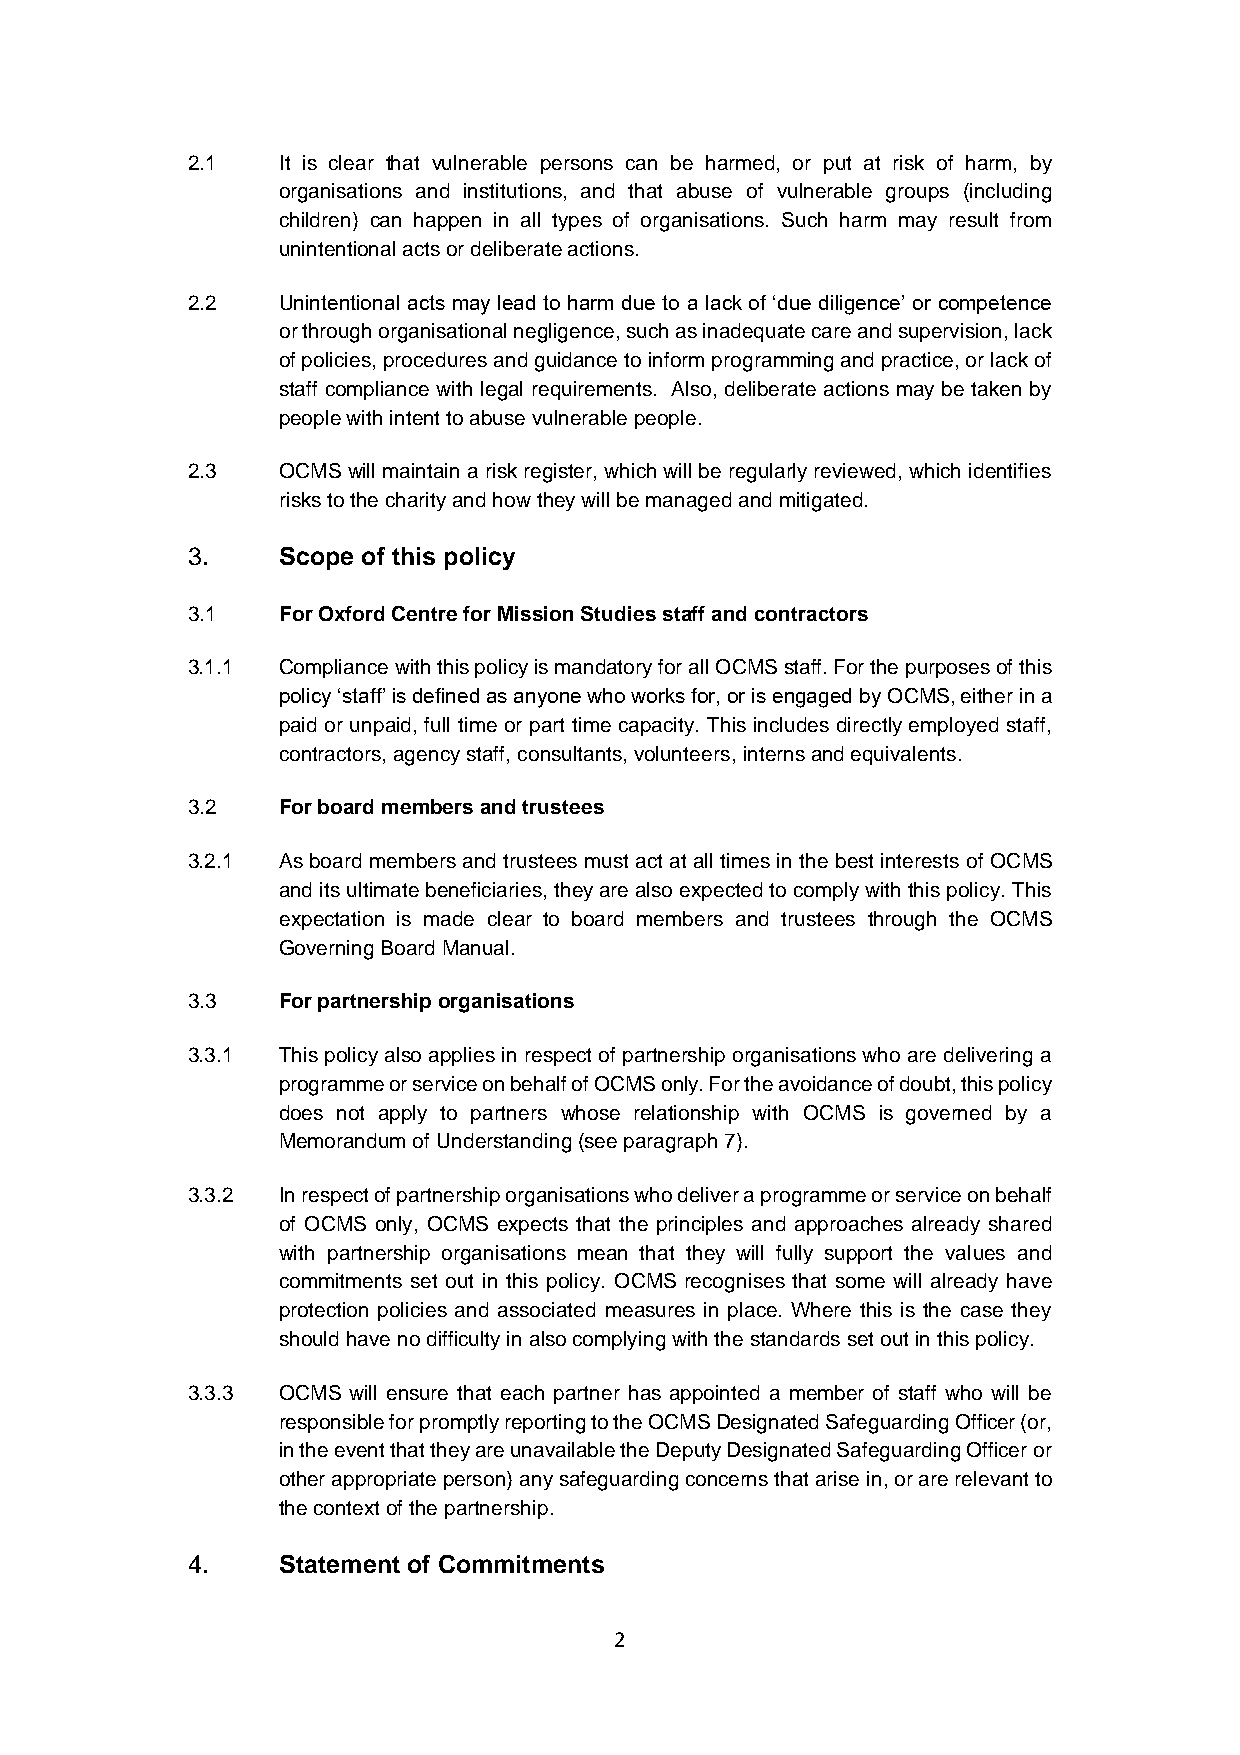
2.1   It is clear that vulnerable persons can be harmed, or put at risk of harm, by
 organisations and institutions, and that abuse of vulnerable groups (including
 children) can happen in all types of organisations. Such harm may result from
 unintentional acts or deliberate actions.
 2.2   Unintentional acts may lead to harm due to a lack of ‘due diligence’ or competence
 or through organisational negligence, such as inadequate care and supervision, lack
 of policies, procedures and guidance to inform programming and practice, or lack of
 staff compliance with legal requirements. Also, deliberate actions may be taken by
 people with intent to abuse vulnerable people.
 2.3   OCMS will maintain a risk register, which will be regularly reviewed, which identifies
 risks to the charity and how they will be managed and mitigated.
 3.    Scope of this policy
 3.1   For Oxford Centre for Mission Studies staff and contractors
 3.1.1 Compliance with this policy is mandatory for all OCMS staff. For the purposes of this
 policy ‘staff’ is defined as anyone who works for, or is engaged by OCMS, either in a
 paid or unpaid, full time or part time capacity. This includes directly employed staff,
 contractors, agency staff, consultants, volunteers, interns and equivalents.
 3.2   For board members and trustees
 3.2.1 As board members and trustees must act at all times in the best interests of OCMS
 and its ultimate beneficiaries, they are also expected to comply with this policy. This
 expectation is made clear to board members and trustees through the OCMS
 Governing Board Manual.
 3.3   For partnership organisations
 3.3.1 This policy also applies in respect of partnership organisations who are delivering a
 programme or service on behalf of OCMS only. For the avoidance of doubt, this policy
 does not apply to partners whose relationship with OCMS is governed by a
 Memorandum of Understanding (see paragraph 7).
 3.3.2 In respect of partnership organisations who deliver a programme or service on behalf
 of OCMS only, OCMS expects that the principles and approaches already shared
 with partnership organisations mean that they will fully support the values and
 commitments set out in this policy. OCMS recognises that some will already have
 protection policies and associated measures in place. Where this is the case they
 should have no difficulty in also complying with the standards set out in this policy.
 3.3.3 OCMS will ensure that each partner has appointed a member of staff who will be
 responsible for promptly reporting to the OCMS Designated Safeguarding Officer (or,
 in the event that they are unavailable the Deputy Designated Safeguarding Officer or
 other appropriate person) any safeguarding concerns that arise in, or are relevant to
 the context of the partnership.
 4.    Statement of Commitments
 2